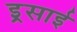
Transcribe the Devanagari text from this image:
इ्र्रसाई